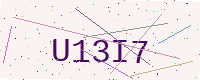
Text: U13I7